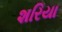
શરિયા